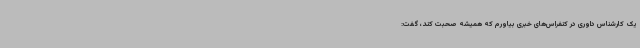
یک کارشناس داوری در کنفراس‌های خبری بیاورم که همیشه صحبت کند، گفت: